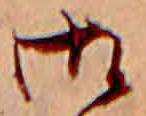
御